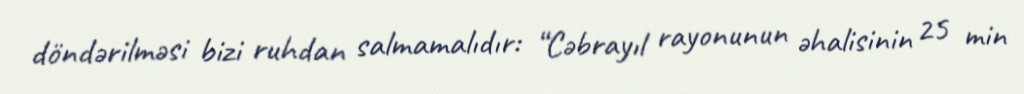
döndərilməsi bizi ruhdan salmamalıdır: “Cəbrayıl rayonunun əhalisinin 25 min